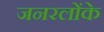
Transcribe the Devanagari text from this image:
जनरलोंके